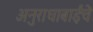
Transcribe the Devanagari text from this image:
अनुराधाबाईंचे